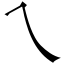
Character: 乀